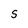
Character: S